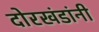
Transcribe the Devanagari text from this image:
दोरखंडांनी